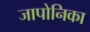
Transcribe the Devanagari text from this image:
जापोनिका